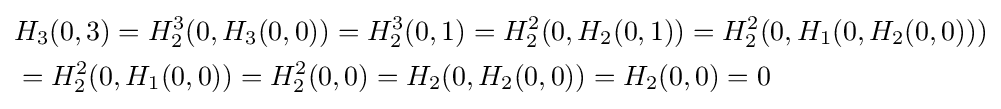
{\begin{aligned}&H_{3}(0,3)=H_{2}^{3}(0,H_{3}(0,0))=H_{2}^{3}(0,1)=H_{2}^{2}(0,H_{2}(0,1))=H_{2}^{2}(0,H_{1}(0,H_{2}(0,0)))\\&=H_{2}^{2}(0,H_{1}(0,0))=H_{2}^{2}(0,0)=H_{2}(0,H_{2}(0,0))=H_{2}(0,0)=0\end{aligned}}